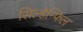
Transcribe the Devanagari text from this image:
सिल्डेन्फिल